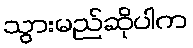
သွားမည်ဆိုပါက